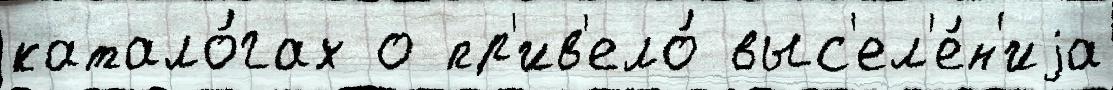
катало́гах о пр'ив'ело́ выс'ел'е́н'иjа